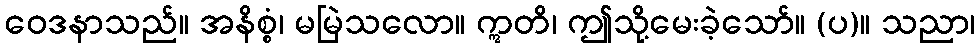
ဝေဒနာသည်။ အနိစ္စံ၊ မမြဲသလော။ ဣတိ၊ ဤသို့မေးခဲ့သော်။ (ပ)။ သညာ၊